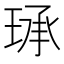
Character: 𮴤